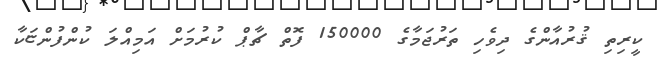
ކީރިތި ޤުރުއާންގެ ދިވެހި ތަރުޖަމާގެ 150000 ފޮތް ޗާޕް ކުރުމަށް އަމިއްލަ ކުންފުންޏަކާ